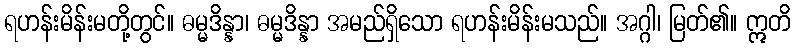
ရဟန်းမိန်းမတို့တွင်။ ဓမ္မဒိန္နာ၊ ဓမ္မဒိန္နာ အမည်ရှိသော ရဟန်းမိန်းမသည်။ အဂ္ဂါ၊ မြတ်၏။ ဣတိ